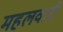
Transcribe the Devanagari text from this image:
महलवारी